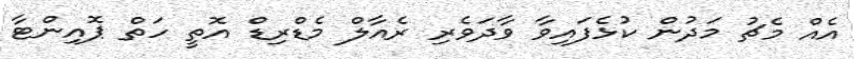
އެއް މެޗު މަަދުން ކުޅެފައިވާ ވާދަވެރި ރެއާލް މެޑްރިޑް އޮތީ ހަތް ޕޮއިންޓާ